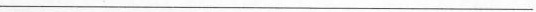
___